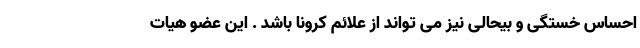
احساس خستگی و بیحالی نیز می تواند از علائم کرونا باشد . این عضو هیات